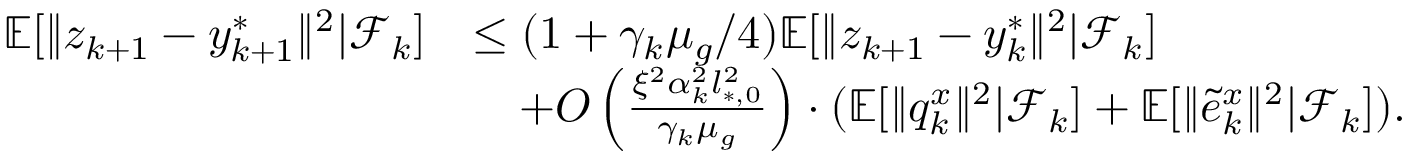
\begin{array} { r l } { \mathbb { E } [ \| z _ { k + 1 } - y _ { k + 1 } ^ { * } \| ^ { 2 } | \mathcal { F } _ { k } ] } & { \le ( 1 + \gamma _ { k } \mu _ { g } / 4 ) \mathbb { E } [ \| z _ { k + 1 } - y _ { k } ^ { * } \| ^ { 2 } | \mathcal { F } _ { k } ] } \\ & { \quad + O \left( \frac { \xi ^ { 2 } \alpha _ { k } ^ { 2 } l _ { * , 0 } ^ { 2 } } { \gamma _ { k } \mu _ { g } } \right) \cdot ( \mathbb { E } [ \| q _ { k } ^ { x } \| ^ { 2 } | \mathcal { F } _ { k } ] + \mathbb { E } [ \| \tilde { e } _ { k } ^ { x } \| ^ { 2 } | \mathcal { F } _ { k } ] ) . } \end{array}